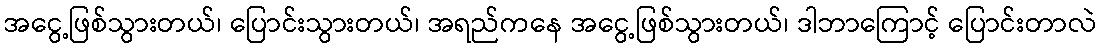
အငွေ့ဖြစ်သွားတယ်၊ ပြောင်းသွားတယ်၊ အရည်ကနေ အငွေ့ဖြစ်သွားတယ်၊ ဒါဘာကြောင့် ပြောင်းတာလဲ